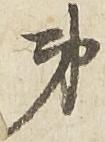
第